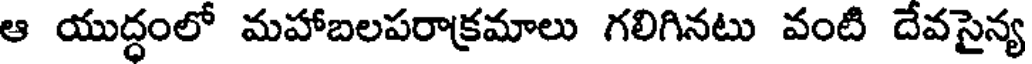
ఆ యుద్ధంలో మహాబలపరాక్రమాలు గలిగినటు వంటి దేవసైన్య